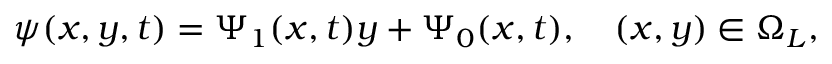
\psi ( x , y , t ) = \Psi _ { 1 } ( x , t ) y + \Psi _ { 0 } ( x , t ) , \quad ( x , y ) \in \Omega _ { L } ,